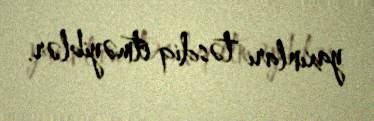
yaxınları təsdiq etməyiblər.